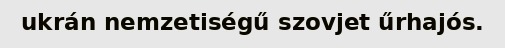
ukrán nemzetiségű szovjet űrhajós.